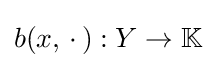
b(x,\,\cdot \,):Y\to \mathbb {K}